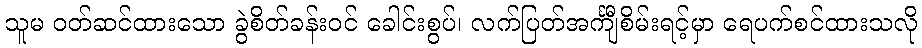
သူမ ဝတ်ဆင်ထားသော ခွဲစိတ်ခန်းဝင် ခေါင်းစွပ်၊ လက်ပြတ်အင်္ကျီစိမ်းရင့်မှာ ရေပက်စင်ထားသလို